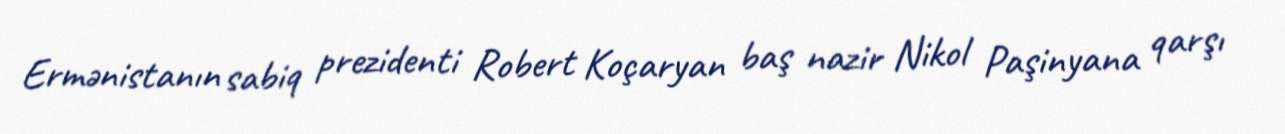
Ermənistanın sabiq prezidenti Robert Koçaryan baş nazir Nikol Paşinyana qarşı